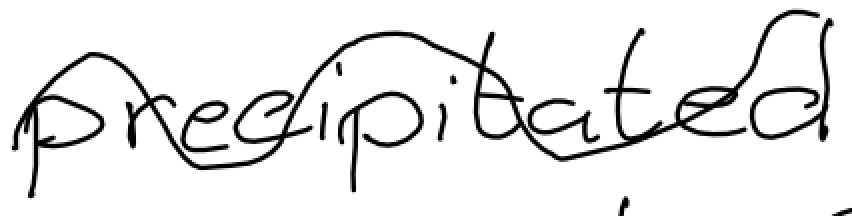
Text: precipitated
Cross-out: wave
Writing tool: digital_black